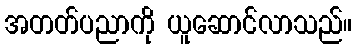
အတတ်ပညာကို ယူဆောင်လာသည်။